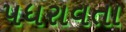
પધરાવતા